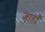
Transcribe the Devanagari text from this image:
जाहाँ